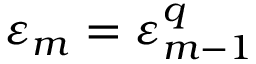
\varepsilon _ { m } = \varepsilon _ { m - 1 } ^ { q }